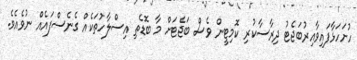
ހުށަހަޅާފައިވާއިރުބަޖެޓު ދިރާސާކުރި ކޮމިޓީން ވެސް ބަޖެޓަށް މާ ބޮޑެތި އިސްލާހުތަކެއް ގެނެސްފައެއް ނުވެއެވެ.